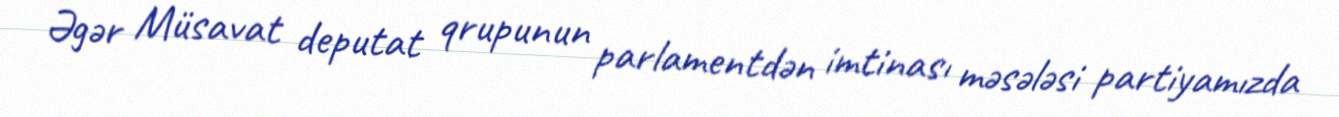
Əgər Müsavat deputat qrupunun parlamentdən imtinası məsələsi partiyamızda